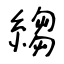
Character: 縐